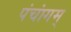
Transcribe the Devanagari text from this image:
पंचांगम्